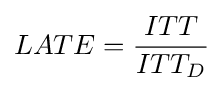
LATE={\frac {ITT}{ITT_{D}}}